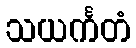
သယင်္ကတံ